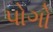
પોગો